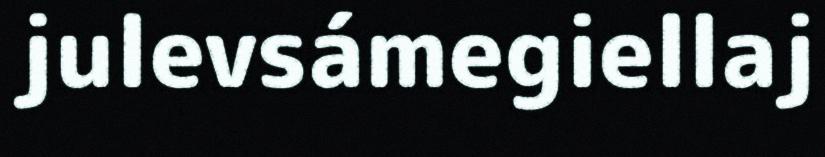
julevsámegiellaj